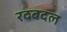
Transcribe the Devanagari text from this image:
रदबदल